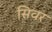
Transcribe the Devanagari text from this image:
सिवर